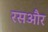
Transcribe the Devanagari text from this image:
रसऔर